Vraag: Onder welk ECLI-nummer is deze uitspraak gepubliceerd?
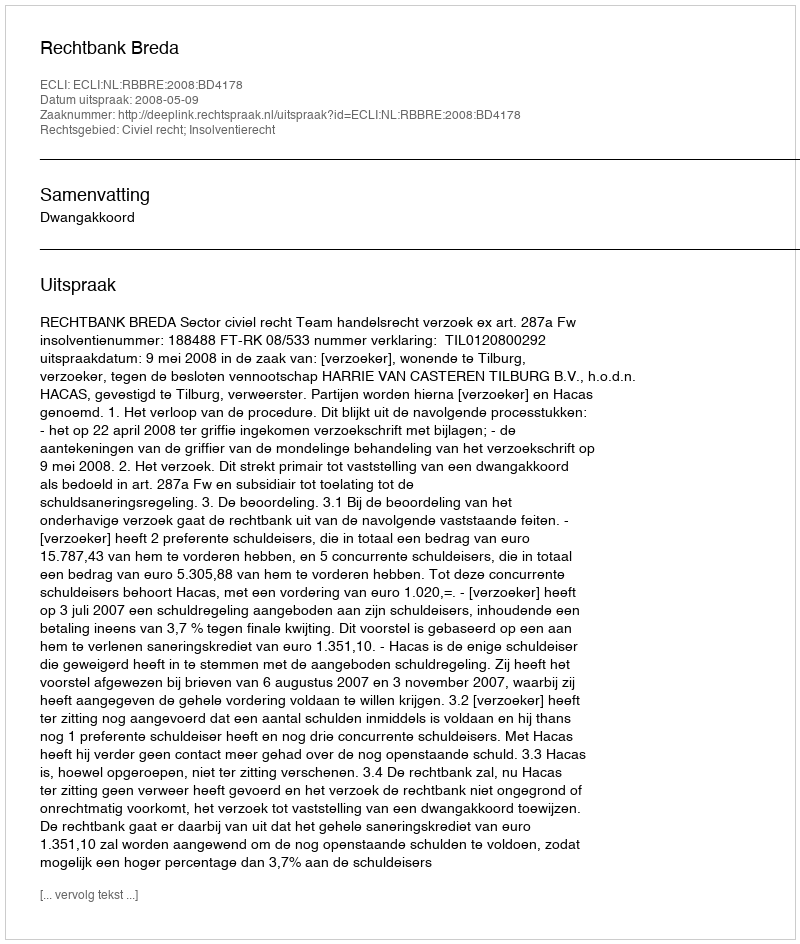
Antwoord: ECLI:NL:RBBRE:2008:BD4178